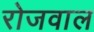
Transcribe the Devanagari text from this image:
रोजवाल